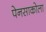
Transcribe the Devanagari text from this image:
पेनसाकोला